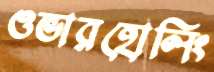
ওভারহোলিং